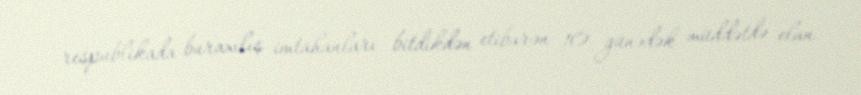
respublikada buraxılış imtahanları bitdikdən etibarən 10 günədək müddətdə elan